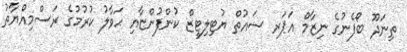
ތިނަދޫ ބޯފެނުގެ ނިޒާމް އަޕަރ ސައުތް ޔުޓިލިޓީޒް ކުންފުންޏާއި ޙަވާލު ކުރުމުގެ ރަސްމިއްޔާތު